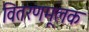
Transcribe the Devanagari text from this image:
वितरणमूलक